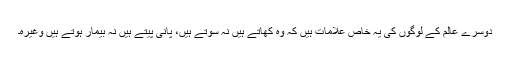
دوسرے عَالَم کے لوگوں کی یہ خاص علامات ہیں کہ وہ کھاتے ہیں نہ سوتے ہیں، پانی پیتے ہیں نہ بیمار ہوتے ہیں وغیرہ۔